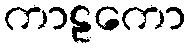
ကာဠကော